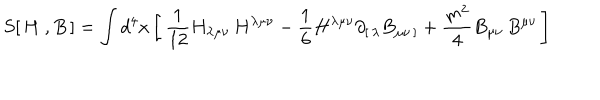
S [ \, H \ , B \, ] = \int d ^ { 4 } x \left[ \, { \frac { 1 } { 1 2 } } H _ { \lambda \mu \nu } \, H ^ { \lambda \mu \nu } - { \frac { 1 } { 6 } } H ^ { \lambda \mu \nu } \partial _ { [ \, \lambda } B _ { \mu \nu \, ] } + { \frac { m ^ { 2 } } { 4 } } B _ { \mu \nu } \, B ^ { \mu \nu } \, \right]